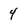
Character: 4